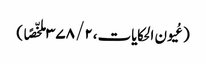
(عُیون الحکایات،۲/ ۳۷۸ ملخّصًا )